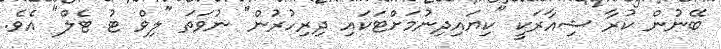
ބޭނުން ކުރާ ޝިއާރަކީ "ކިޔައިދިނުމަށްޓަކައި ދިރިހުރުން" ނުވަތަ "ލިވް ޓު ޓެލް" އެވެ.